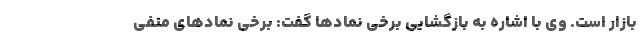
بازار است. وی با اشاره به بازگشایی برخی نمادها گفت: برخی نمادهای منفی